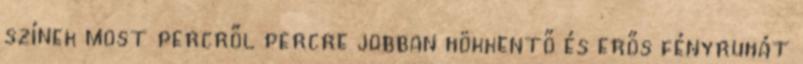
színek most percről percre jobban hökkentő és erős fényruhát